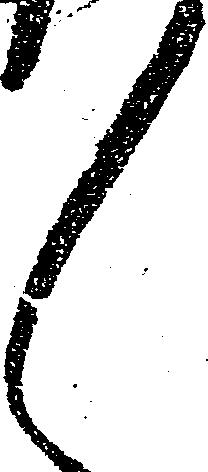
々